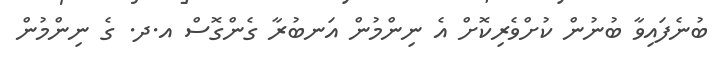
ބުނެފައިވާ ބުނުން ކުށްވެރިކޮށް އެ ނިންމުން އަނބުރާ ގެންގޮސް އ.ދ. ގެ ނިންމުން